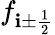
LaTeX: f_{\mathbf{i}\pm{\frac{{1}}{{2}}}}